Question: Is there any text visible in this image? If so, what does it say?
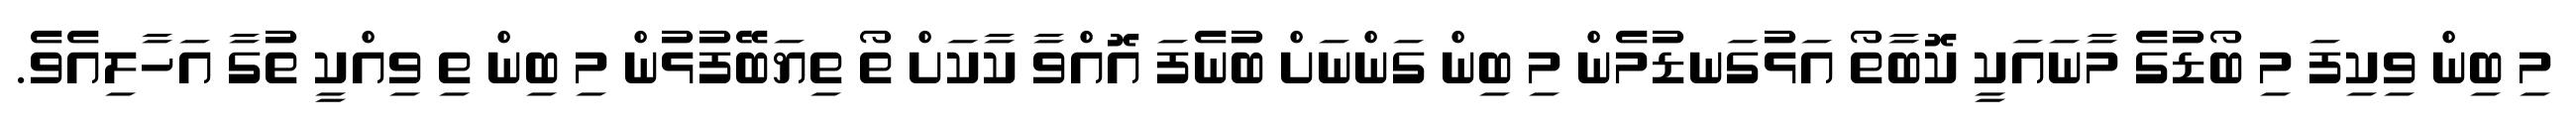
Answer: މި ބިން ވިކިފަ މި ބޯޑުގެ މާނައަކީ ކޮބާތޯ އަޅުގަނޑުމެން މި ބިން ގަންނަށް ބުނެފަ އޮއްވާ ކާކަށް ތޯ ތިޔަބޭފުޅުން މި ބިން ތި ވިއްކީ ތުގާ އަހާލިއެވެ.